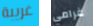
غريبة غرامي